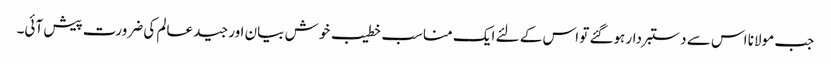
جب مولانا اس سے دستبردار ہوگئے تو اس کے لئے ایک مناسب خطیب خوش بیان اور جید عالم کی ضرورت پیش آئی۔